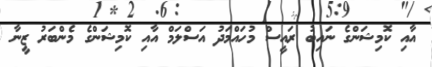
އާއި ކޮމިޝަންގެ ނައިބު ރައީސް މުހައްމަދު އަސްލަމް އާއި ކޮމިޝަންގެ މެންބަރު ޒީނާ